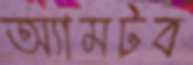
অ্যামটব